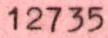
12735